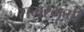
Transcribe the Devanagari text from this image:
समरभूमी